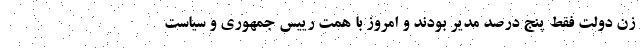
زن دولت فقط پنج درصد مدیر بودند و امروز با همت رییس جمهوری و سیاست